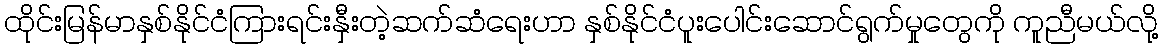
ထိုင်းမြန်မာနှစ်နိုင်ငံကြားရင်းနှီးတဲ့ဆက်ဆံရေးဟာ နှစ်နိုင်ငံပူးပေါင်းဆောင်ရွက်မှုတွေကို ကူညီမယ်လို့